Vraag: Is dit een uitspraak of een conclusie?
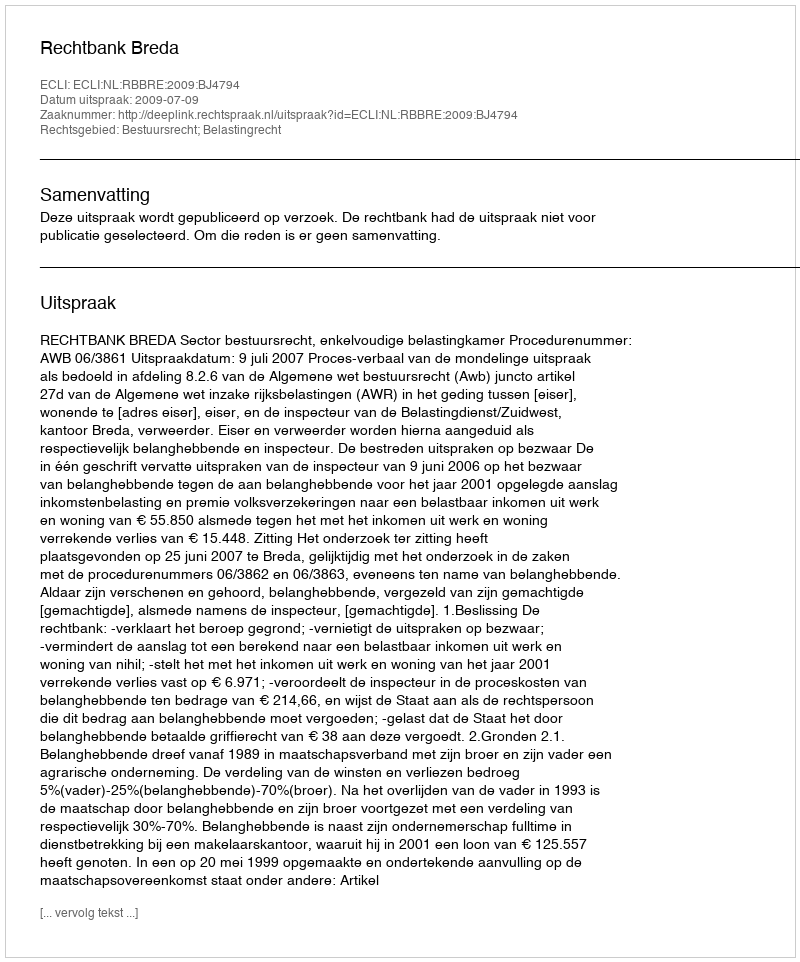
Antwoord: Uitspraak